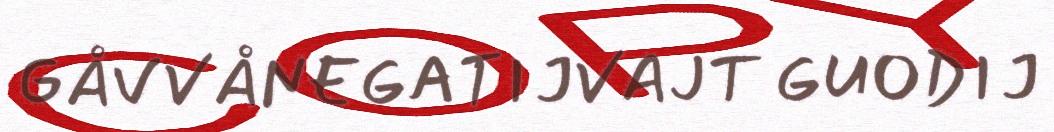
GÅVVÅNEGATIJVAJT GUODIJ